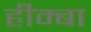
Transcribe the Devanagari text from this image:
हीम्बा